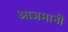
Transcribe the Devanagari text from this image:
आजमानी